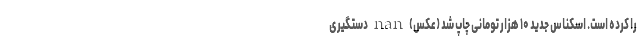
را کرده است. اسکناس جدید ۱۰ هزار تومانی چاپ شد (عکس) nan دستگیری